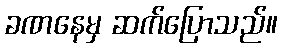
ခဏနေမှ ဆက်ပြောသည်။